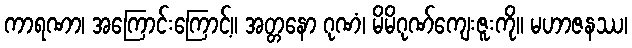
ကာရဏာ၊ အကြောင်းကြောင့်။ အတ္တနော ဂုဏံ၊ မိမိဂုဏ်ကျေးဇူးကို။ မဟာဇနဿ၊